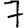
Digit: 7